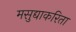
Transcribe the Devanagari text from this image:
मसुद्याकरिता